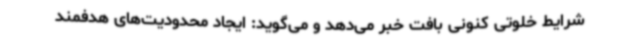
شرایط خلوتی کنونی بافت خبر می‌دهد و می‌گوید: ایجاد محدودیت‌های هدفمند